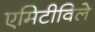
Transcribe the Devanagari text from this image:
एमिटीविले